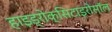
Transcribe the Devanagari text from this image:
हाइड्रोक्सिटाइरोसॉल